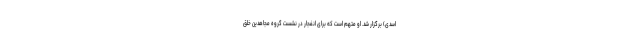
اسدی) برگزار شد. او متهم است که برای انفجار در نشست گروه مجاهدین خلق